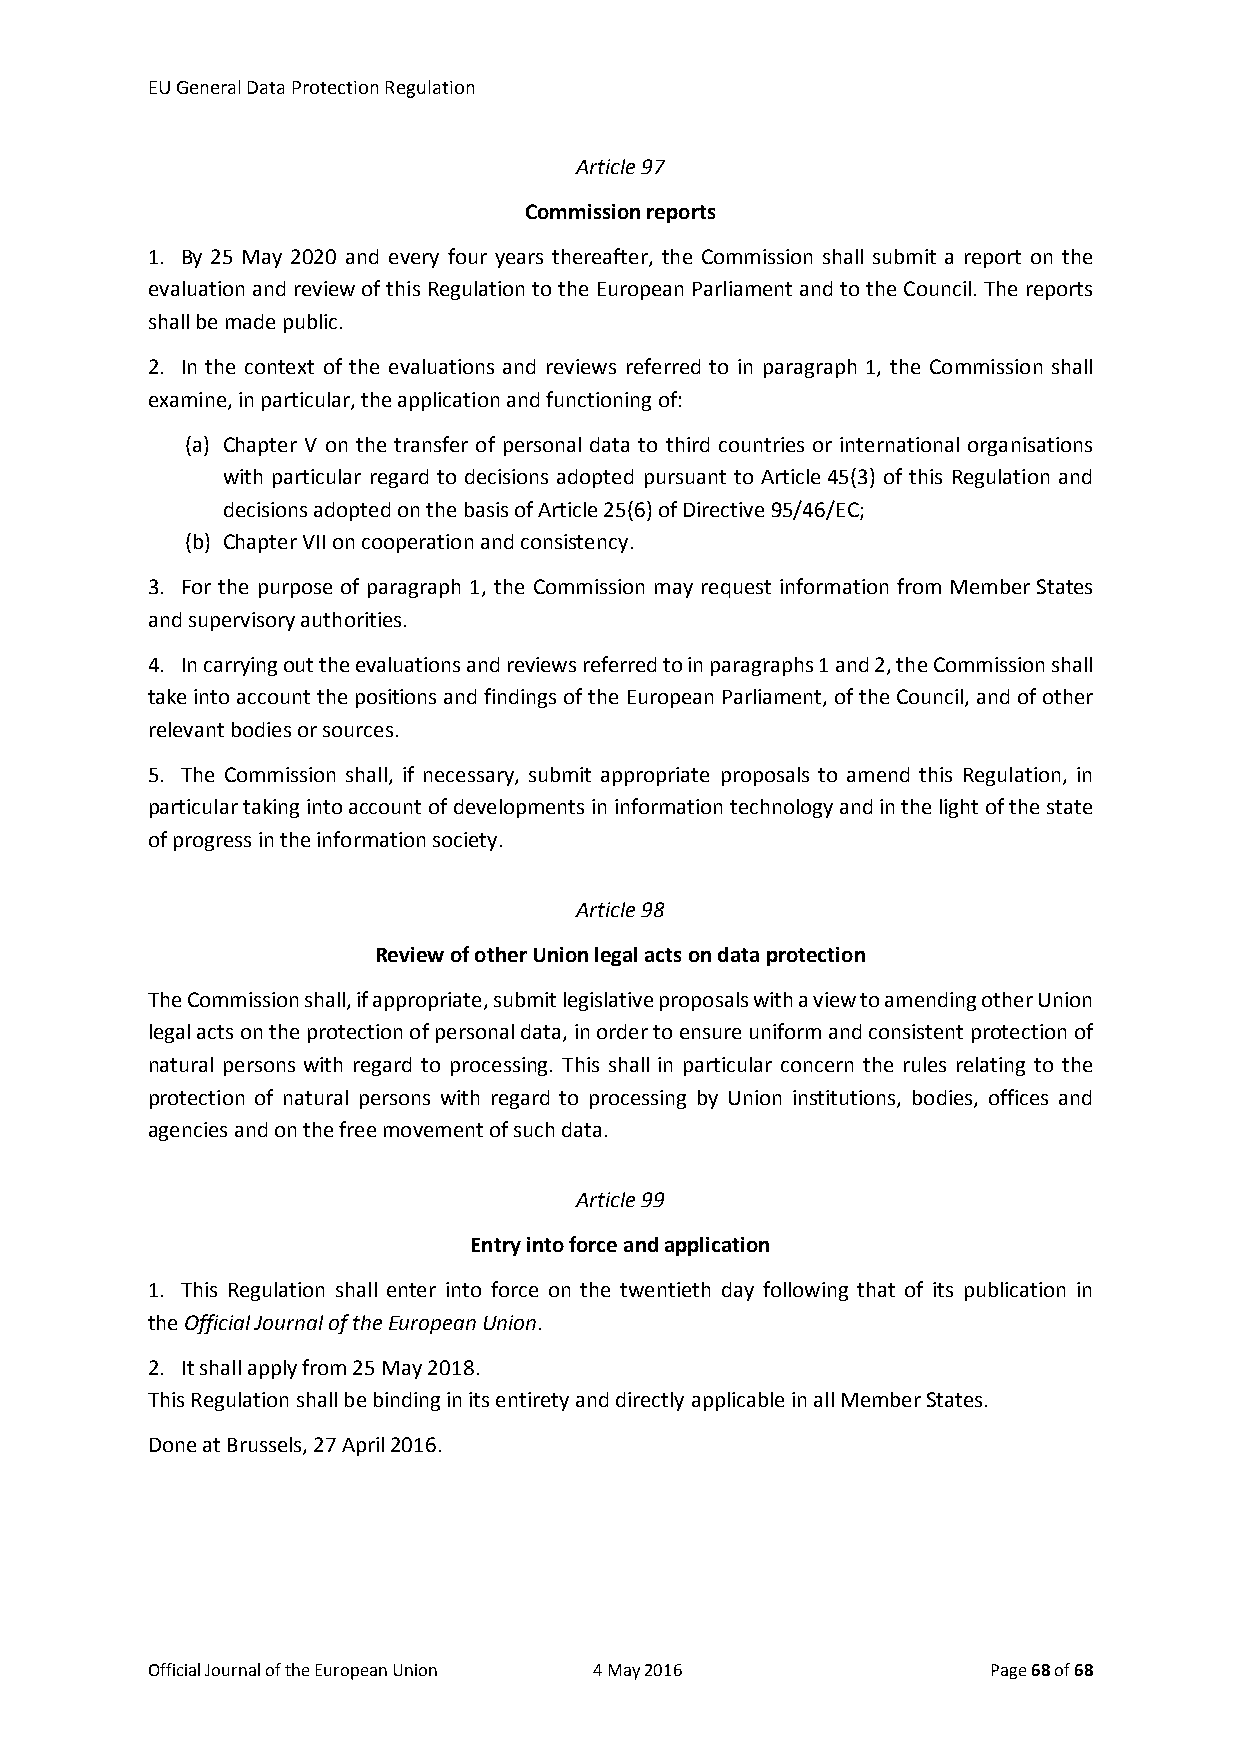
EU General Data Protection Regulation
 Article 97
 Commission reports
 1. By 25 May 2020 and every four years thereafter, the Commission shall submit a report on the
 evaluation and review of this Regulation to the European Parliament and to the Council. The reports
 shall be made public.
 2. In the context of the evaluations and reviews referred to in paragraph 1, the Commission shall
 examine, in particular, the application and functioning of:
 (a) Chapter V on the transfer of personal data to third countries or international organisations
 with particular regard to decisions adopted pursuant to Article 45(3) of this Regulation and
 decisions adopted on the basis of Article 25(6) of Directive 95/46/EC;
 (b) Chapter VII on cooperation and consistency.
 3. For the purpose of paragraph 1, the Commission may request information from Member States
 and supervisory authorities.
 4. In carrying out the evaluations and reviews referred to in paragraphs 1 and 2, the Commission shall
 take into account the positions and findings of the European Parliament, of the Council, and of other
 relevant bodies or sources.
 5. The Commission shall, if necessary, submit appropriate proposals to amend this Regulation, in
 particular taking into account of developments in information technology and in the light of the state
 of progress in the information society.
 Article 98
 Review of other Union legal acts on data protection
 The Commission shall, if appropriate, submit legislative proposals with a view to amending other Union
 legal acts on the protection of personal data, in order to ensure uniform and consistent protection of
 natural persons with regard to processing. This shall in particular concern the rules relating to the
 protection of natural persons with regard to processing by Union institutions, bodies, offices and
 agencies and on the free movement of such data.
 Article 99
 Entry into force and application
 1. This Regulation shall enter into force on the twentieth day following that of its publication in
 the Official Journal of the European Union.
 2. It shall apply from 25 May 2018.
 This Regulation shall be binding in its entirety and directly applicable in all Member States.
 Done at Brussels, 27 April 2016.
 Official Journal of the European Union 4 May 2016       Page 68 of 68